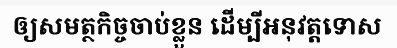
ឲ្យសមត្ថកិច្ចចាប់ខ្លួន ដើម្បីអនុវត្តទោស